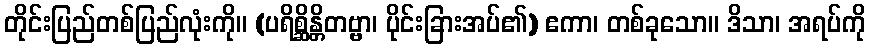
တိုင်းပြည်တစ်ပြည်လုံးကို။ (ပရိစ္ဆိန္တိတဗ္ဗာ၊ ပိုင်းခြားအပ်၏) ဧကာ၊ တစ်ခုသော။ ဒိသာ၊ အရပ်ကို